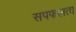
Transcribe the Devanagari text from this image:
सपफलता